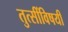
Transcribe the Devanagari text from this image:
तुत्‍सींविषयी